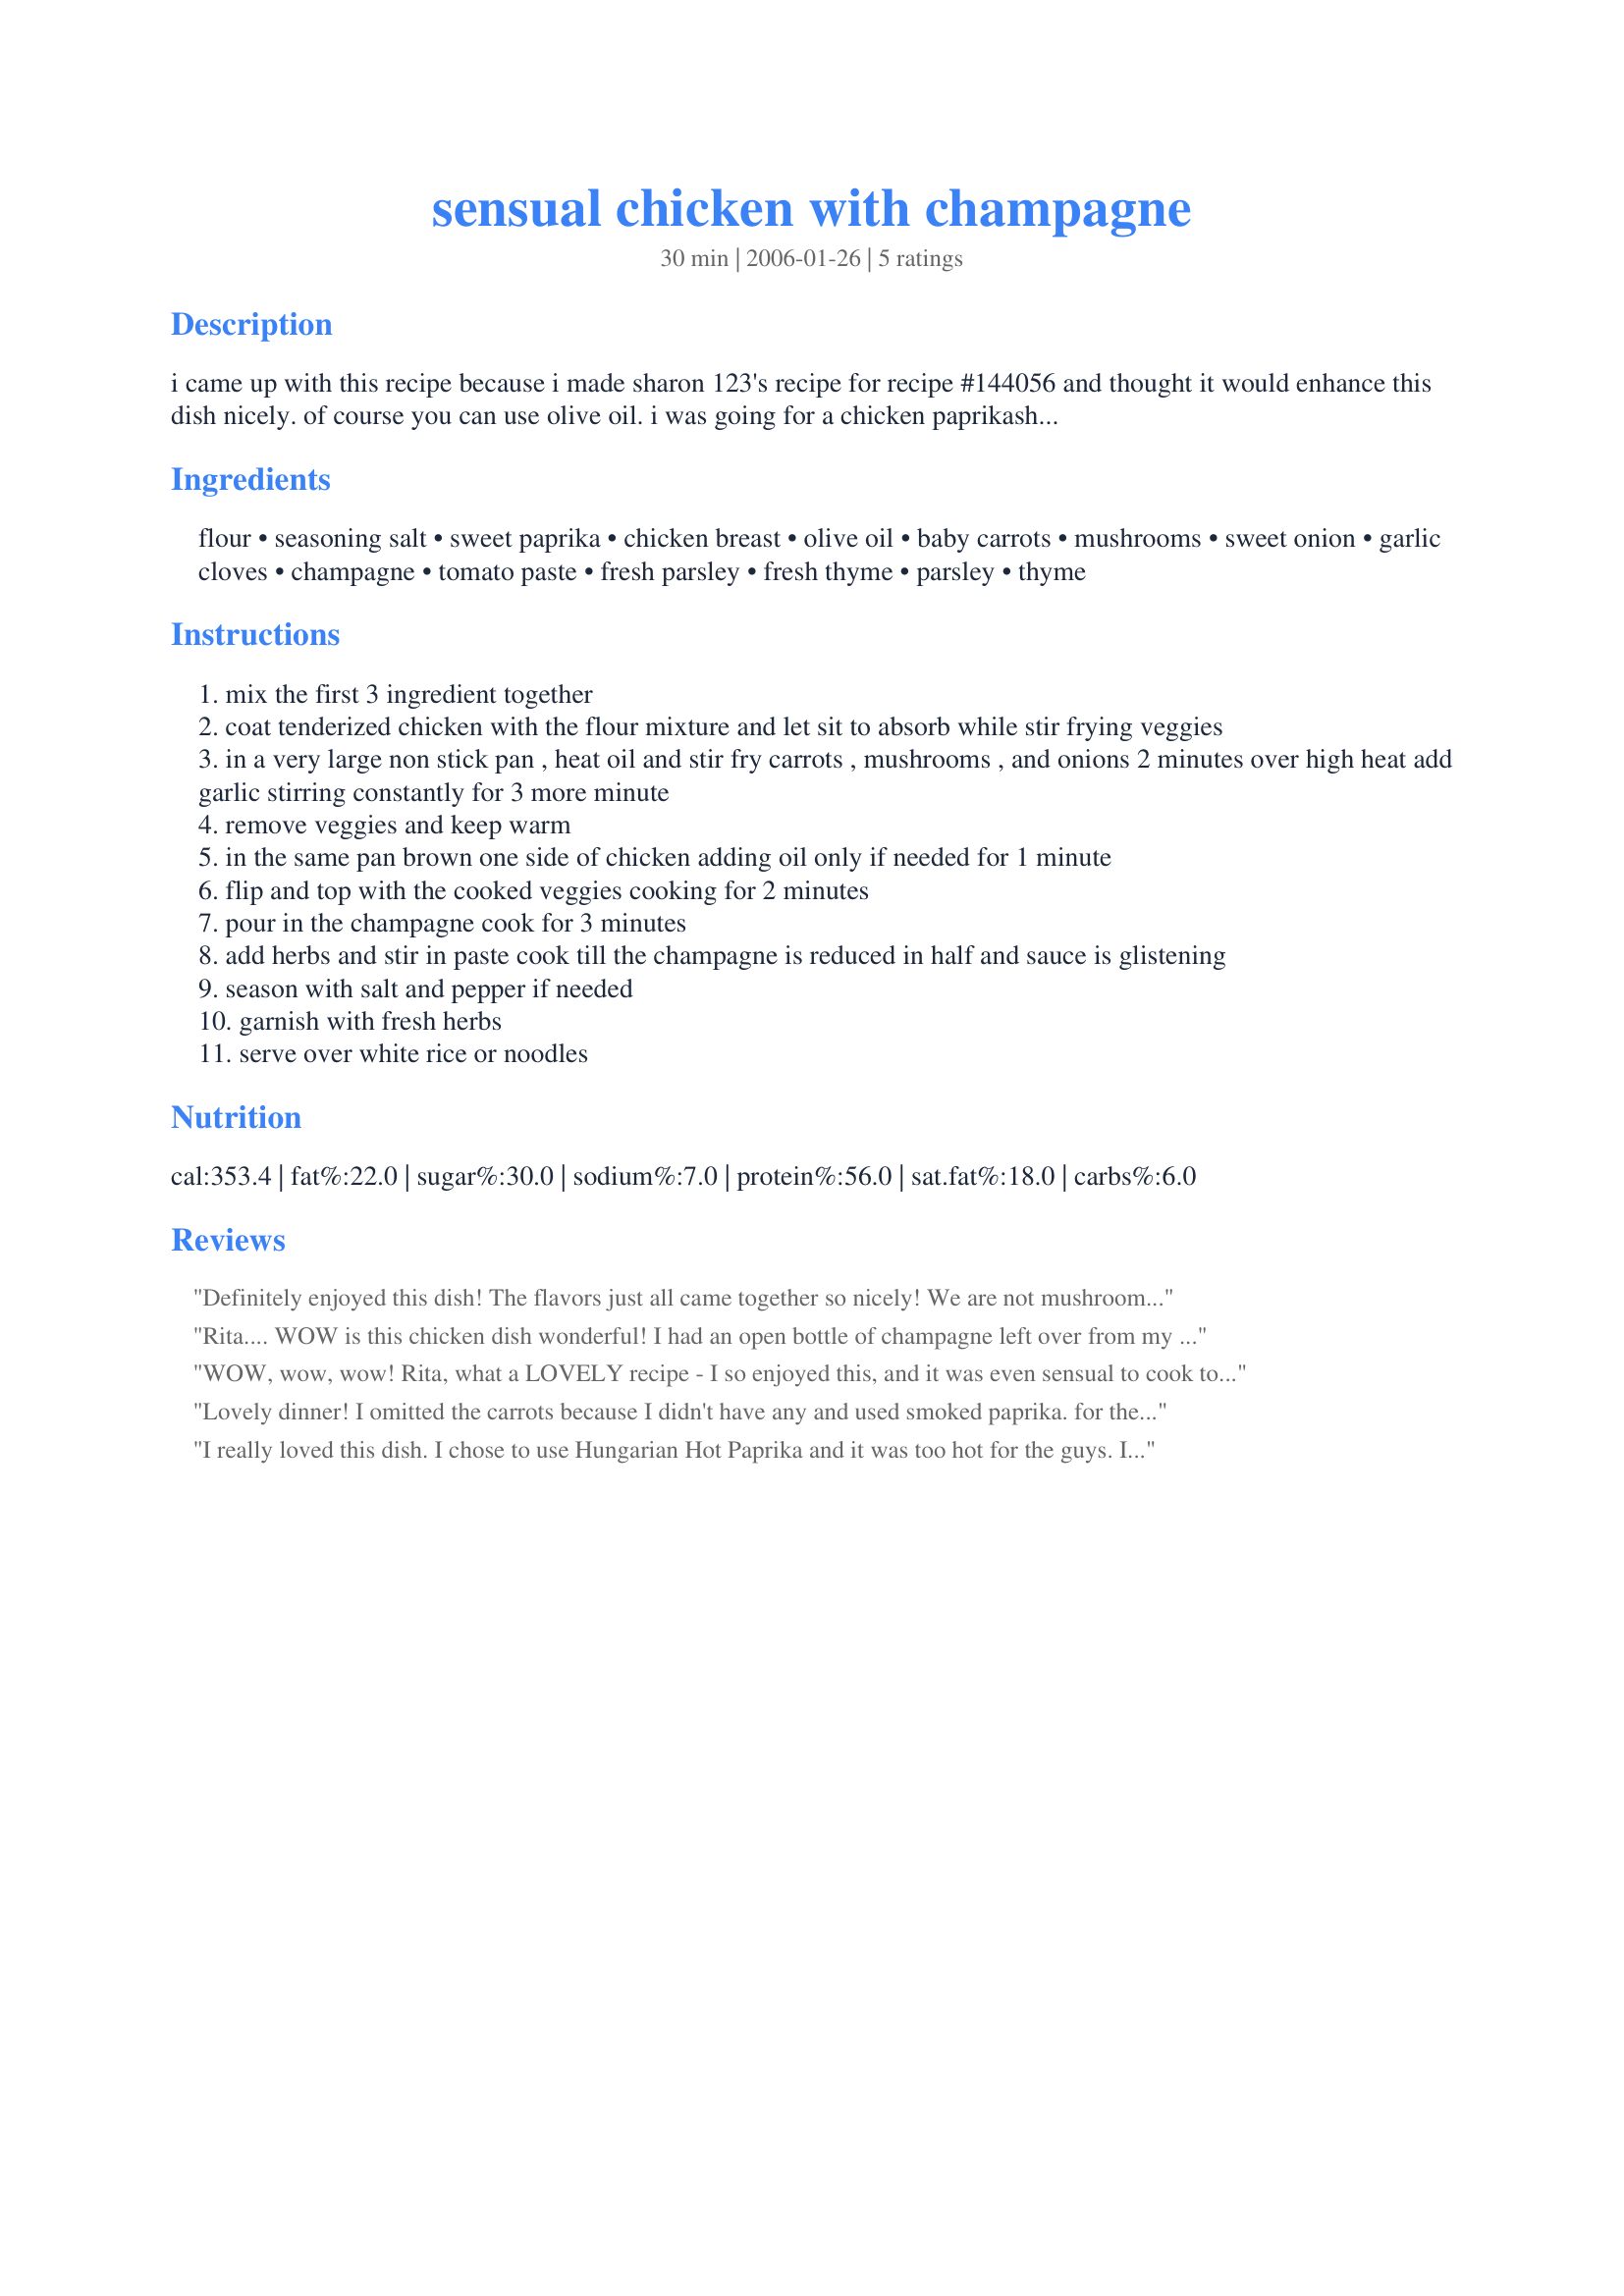
sensual chicken with champagne
Preparation time: 30 minutes

i came up with this recipe because i made sharon 123's recipe for recipe #144056 and thought it would enhance this dish nicely. of course you can use olive oil. i was going for a chicken paprikash dish without the fat of sour cream and add lots of veggies like carrots, mushrooms and onions. makes it a light dish for valentines day--saves room to share a sensual dessert for two!

Ingredients:
flour, seasoning salt, sweet paprika, chicken breast, olive oil, baby carrots, mushrooms, sweet onion, garlic cloves, champagne, tomato paste, fresh parsley, fresh thyme, parsley, thyme

Steps:
mix the first 3 ingredient together
coat tenderized chicken with the flour mixture and let sit to absorb while stir frying veggies
in a very large non stick pan , heat oil and stir fry carrots , mushrooms , and onions 2 minutes over high heat add garlic stirring constantly for 3 more minute
remove veggies and keep warm
in the same pan brown one side of chicken adding oil only if needed for 1 minute
flip and top with the cooked veggies cooking for 2 minutes
pour in the champagne cook for 3 minutes
add herbs and stir in paste cook till the champagne is reduced in half and sauce is glistening
season with salt and pepper if needed
garnish with fresh herbs
serve over white rice or noodles

Reviews:
Definitely enjoyed this dish! The flavors just all came together so nicely! We are not mushroom fans so I left that out but otherwise, followed the recipe exactly! Thanks for sharing! Made for Ali Baba Babes for ZWT5.
Rita.... WOW is this chicken dish wonderful! I had an open bottle of champagne left over from my a get together this weekend, it was a tiny bit flat but it seemed to work for this recipe, the reducing of the sauce for me took just over 20 minutes. This dish is easy to make and huge on flavor! I increased the garlic and used more olive oil, what a great recipe! thanks Rita!...Kitten:)
WOW, wow, wow! Rita, what a LOVELY recipe - I so enjoyed this, and it was even sensual to cook too, mainly due the odd slurp of champagne!! I cut my carrots into julienne strips and used local Morel mushrooms, I LOVE them! I used smoked paprika, pimenton, for a little kick and fresh thyme, majoram and parsley for the mix of herbs - also as a garnish too. I cut this recipe back to 1/4, as I am by myself at the moment.......I used one large chicken breast, pounded and cut into three pieces. There was no need for any other accompaniments, as I enjoyed this by itself with all the pan-fried veggies. Poetic food and a keeper. Made for the Whine and Cheese Gang for ZWT5 and France. Merci ma leeetle Petits Pois! FT:-)
Lovely dinner! I omitted the carrots because I didn't have any and used smoked paprika. for the mushrooms I used a combination of chantrelles, baby bella and button mushrooms and I added some minced shallot with the onion. Instead of mincing the garlic I used shaved slices. So very good!! Served it over rice, but I think mashed potatoes would be even better. Made for Las Mistico Magicos Sirenas ZWT - 5.
I really loved this dish. I chose to use Hungarian Hot Paprika and it was too hot for the guys. I thought the Hot complemented the dish very well but next time I will use half sweet and half hot so that DH2B doesn't burn his tongue. Our breasts were fatties and even though they were gently pounded, I did need to cook them longer at the end which may account for not having as much sauce as in your beautiful photos. I love this chicken and love the fact that it has less calories from most Champagne Chicken recipes. I hardly missed the cream!
